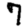
Digit: 7